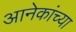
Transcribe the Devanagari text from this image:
आनेकांच्या